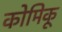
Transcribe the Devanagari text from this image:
कोमिकू